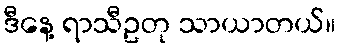
ဒီနေ့ ရာသီဥတု သာယာတယ်။